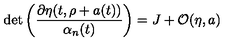
\det \left( \frac { \partial \eta ( t , \rho + a ( t ) ) } { \alpha _ { n } ( t ) } \right) = J + { \cal O } ( \eta , a )